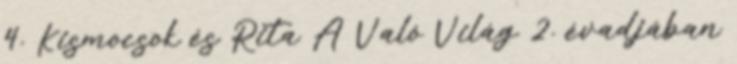
4. Kismocsok és Rita A Való Világ 2. évadjában